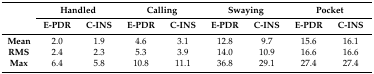
| <ROWSPAN=2>  | <COLSPAN=2> Handled | <COLSPAN=2> Calling | <COLSPAN=2> Swaying | <COLSPAN=2> Pocket |
 | E-PDR | C-INS | E-PDR | C-INS | E-PDR | C-INS | E-PDR | C-INS |
 | --- | --- | --- | --- | --- | --- | --- | --- | --- |
 | Mean | 2.0 | 1.9 | 4.6 | 3.1 | 12.8 | 9.7 | 15.6 | 16.1 |
 | RMS | 2.4 | 2.3 | 5.3 | 3.9 | 14.0 | 10.9 | 16.6 | 16.6 |
 | Max | 6.4 | 5.8 | 10.8 | 11.1 | 36.8 | 29.1 | 27.4 | 27.4 |